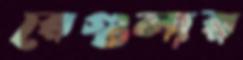
রেগুলার